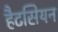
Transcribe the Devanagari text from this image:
हैटसियन